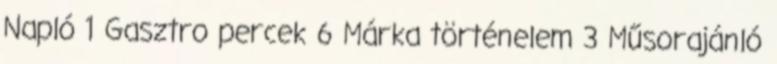
Napló 1 Gasztro percek 6 Márka történelem 3 Műsorajánló